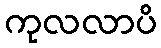
ကုလလာပိ